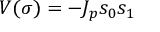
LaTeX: V ( \sigma ) = - J _ { p } s _ { 0 } s _ { 1 }